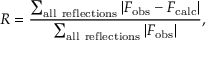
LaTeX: R = { \frac { \sum _ { \mathrm { a l l ~ r e f l e c t i o n s } } \left| F _ { \mathrm { o b s } } - F _ { \mathrm { c a l c } } \right| } { \sum _ { \mathrm { a l l ~ r e f l e c t i o n s } } \left| F _ { \mathrm { o b s } } \right| } } ,